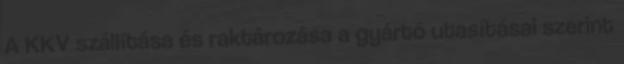
A KKV szállítása és raktározása a gyártó utasításai szerint